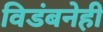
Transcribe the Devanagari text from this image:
विडंबनेही